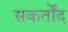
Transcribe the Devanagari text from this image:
सकर्तोंद